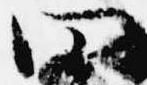
四